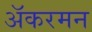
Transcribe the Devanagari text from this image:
अॅकरमन